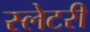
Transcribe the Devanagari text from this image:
स्लेटरी